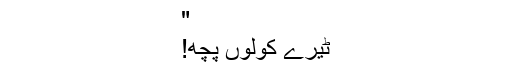
"
ٹیرے کولوں پُچھ!